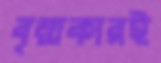
বৃত্তাকারই